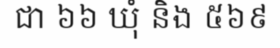
ជា ៦៦ ឃុំ និង ៥៦៩